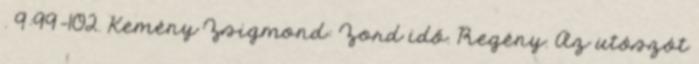
. 9:99-102. Kemény Zsigmond: Zord idő. Regény. Az utószót